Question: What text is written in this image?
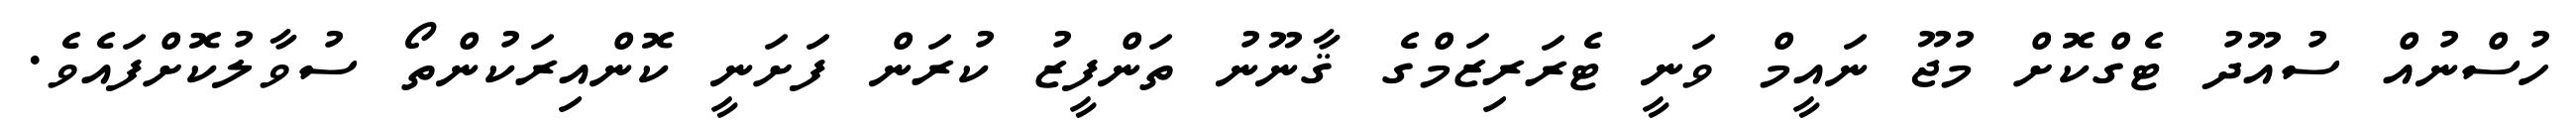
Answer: ހުސްނުއް ސުއޫދު ޓެގްކޮށް މުޖޫ ނައީމް ވަނީ ޓެރަރިޒަމްގެ ޤާނޫނު ތަންފީޒު ކުރަން ފަށަނީ ކޮންއިރަކުންތޯ ސުވާލުކޮށްފައެވެ.